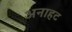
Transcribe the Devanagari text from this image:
अनाहट